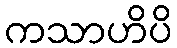
ကသာဟိပိ